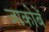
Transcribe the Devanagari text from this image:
जाकोबें